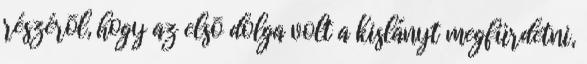
részérõl, hogy az elsõ dolga volt a kislányt megfürdetni,